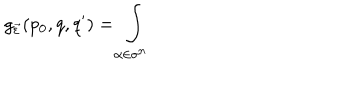
g _ { \vec { \varepsilon } } ( p _ { 0 } , q , q ^ { \prime } ) = \int _ { \alpha \in \sigma ^ { n } }